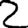
Digit: 2